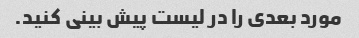
مورد بعدی را در لیست پیش بینی کنید.